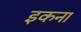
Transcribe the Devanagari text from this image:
इकना